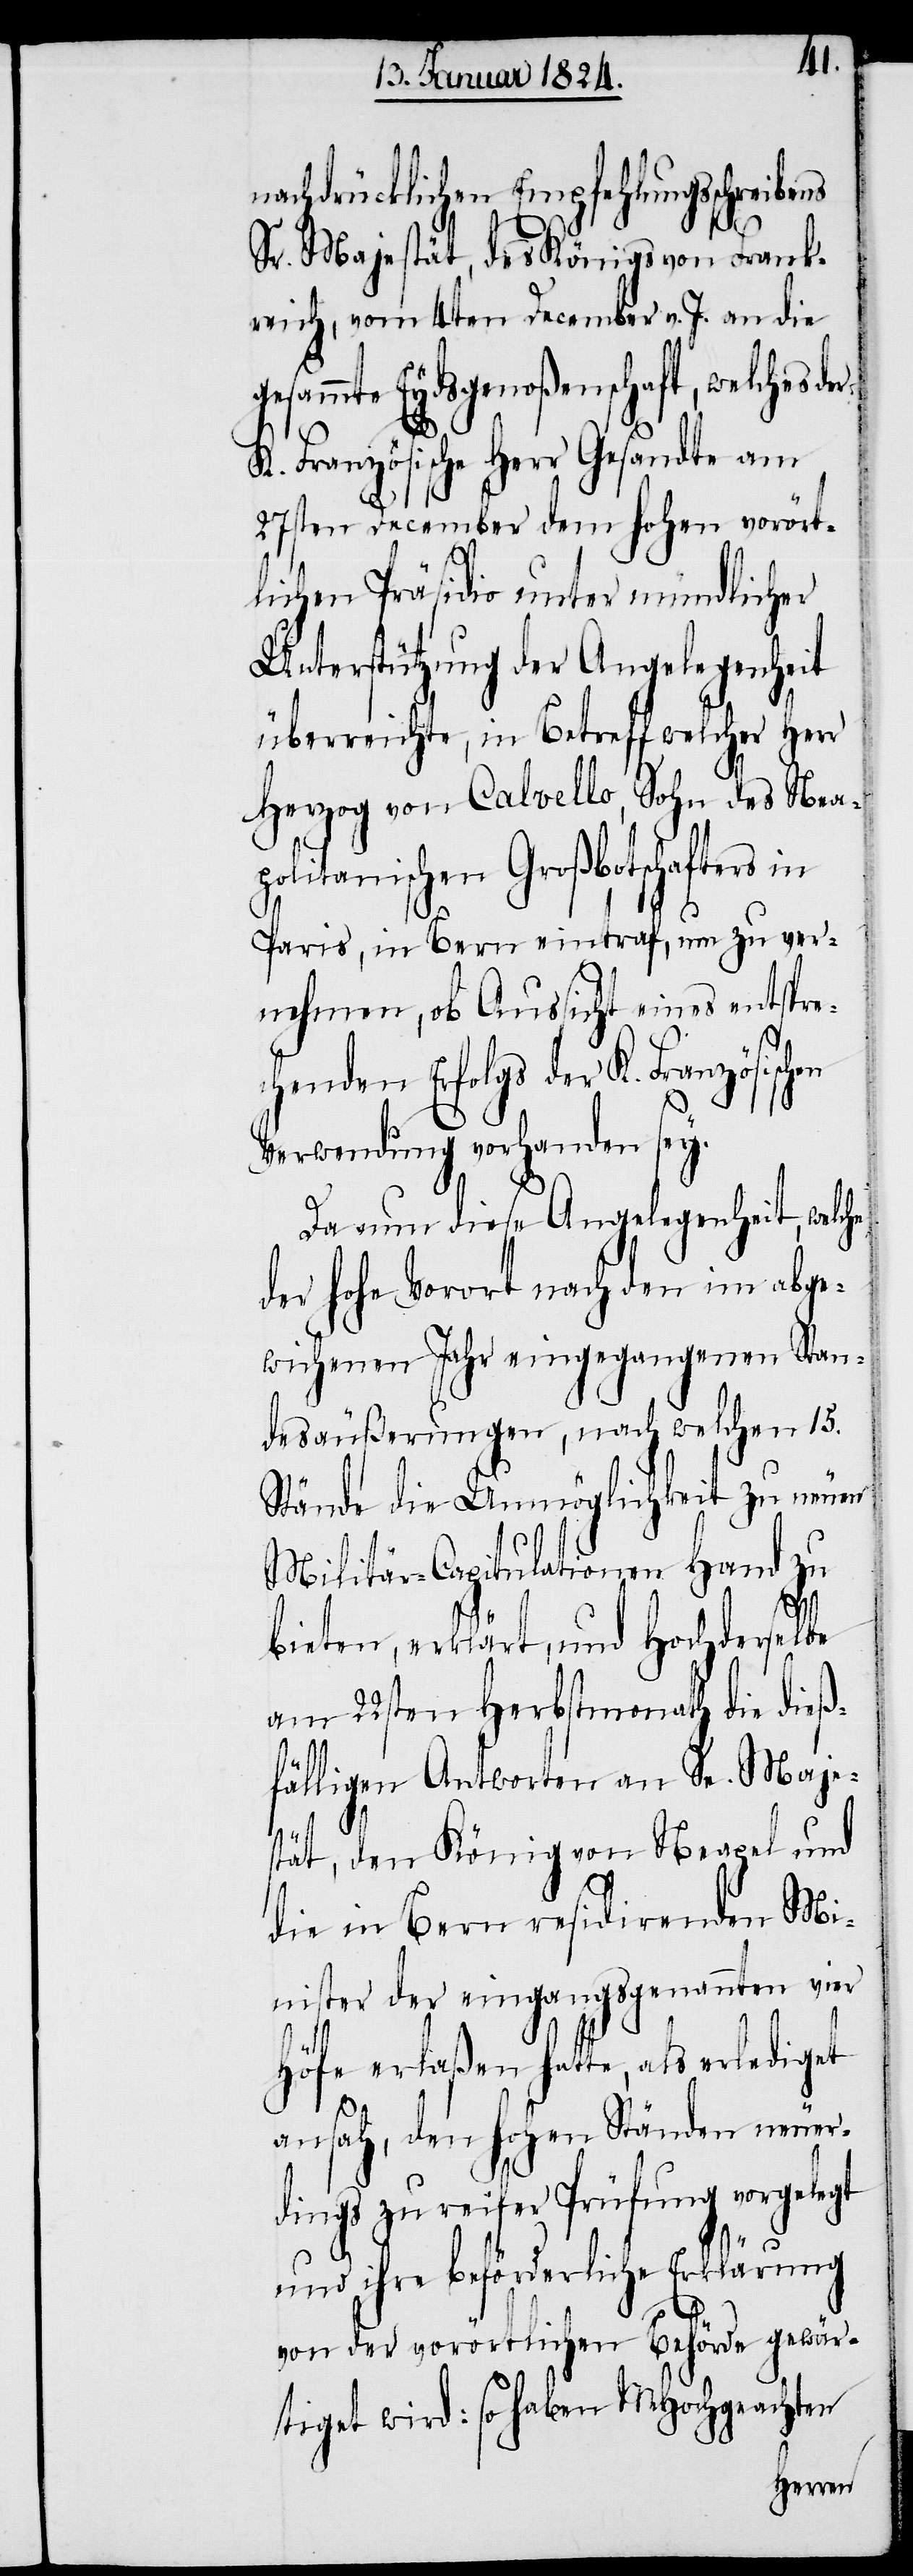
nachdrücklichen Empfehlungsschreibens
Sr. Majestät, des Königs von Frank¬
reich, vom 4ten December v. J. an die
gesammte Eydsgenoßenschaft, welches der
K. Französische Herr Gesandte am
27sten December dem hohen vorört¬
lichen Präsidio unter mündlicher
Unterstützung der Angelegenheit
überreichte, in Betreff welcher Herr
Herzog von Calvello, Sohn des Nea¬
politanischen Großbotschafter in
Paris, in Bern eintraf, um zu ver¬
nehmen, ob Aussicht eines entspre¬
chenden Erfolgs der K. Französisch¬
Verwendung vorhanden sey.
Da nun diese Angelegenheit, welche
der hohe Vorort nach den abge¬
wichenen Jahr eingegangenen Stan¬
desäußerungen, nach welchen 15.
Stände die Unmöglichkeit zu neuen
Militär-Capitulationen Hand zu
bieten, erklärt, und Hochderselbe
am 22sten Herbstmonath die dieß¬
fälligen Antworten an Se. Maje¬
stät, den König von Neapel und
die in Bern residirenden Mi¬
nister der eingangsgenannten vier
Höfe erlaßen hatte, als erlediget
ansah, den hohen Ständen neuer¬
dings zu reifer Prüfung vorgelegt
en
und ihre beförderliche Erklärung
von der vorörtlichen Behörde gewär¬
tiget wird: so haben MHochgeachten